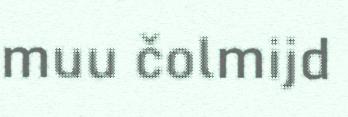
muu čolmijd